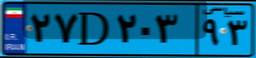
۲۷D۲۰۳۹۳